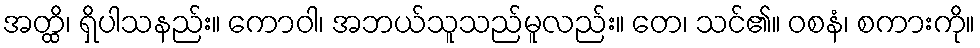
အတ္ထိ၊ ရှိပါသနည်း။ ကောဝါ၊ အဘယ်သူသည်မူလည်း။ တေ၊ သင်၏။ ဝစနံ၊ စကားကို။